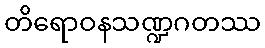
တိရောဝနသဏ္ဍဂတဿ